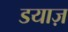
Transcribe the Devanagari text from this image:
डयाज़